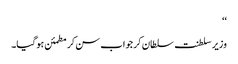
‘‘
وزیر سلطنت سلطان کر جواب سن کر مطمئن ہوگیا۔